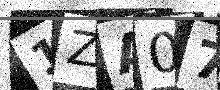
Text: 1ZA07B